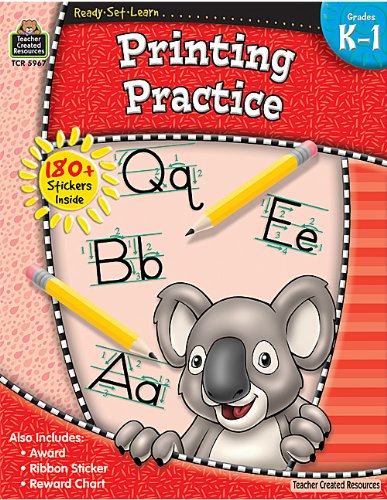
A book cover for Ready-Set-Learn: Printing Practice Grd K-1; Teacher Created Resources Staff; Reference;